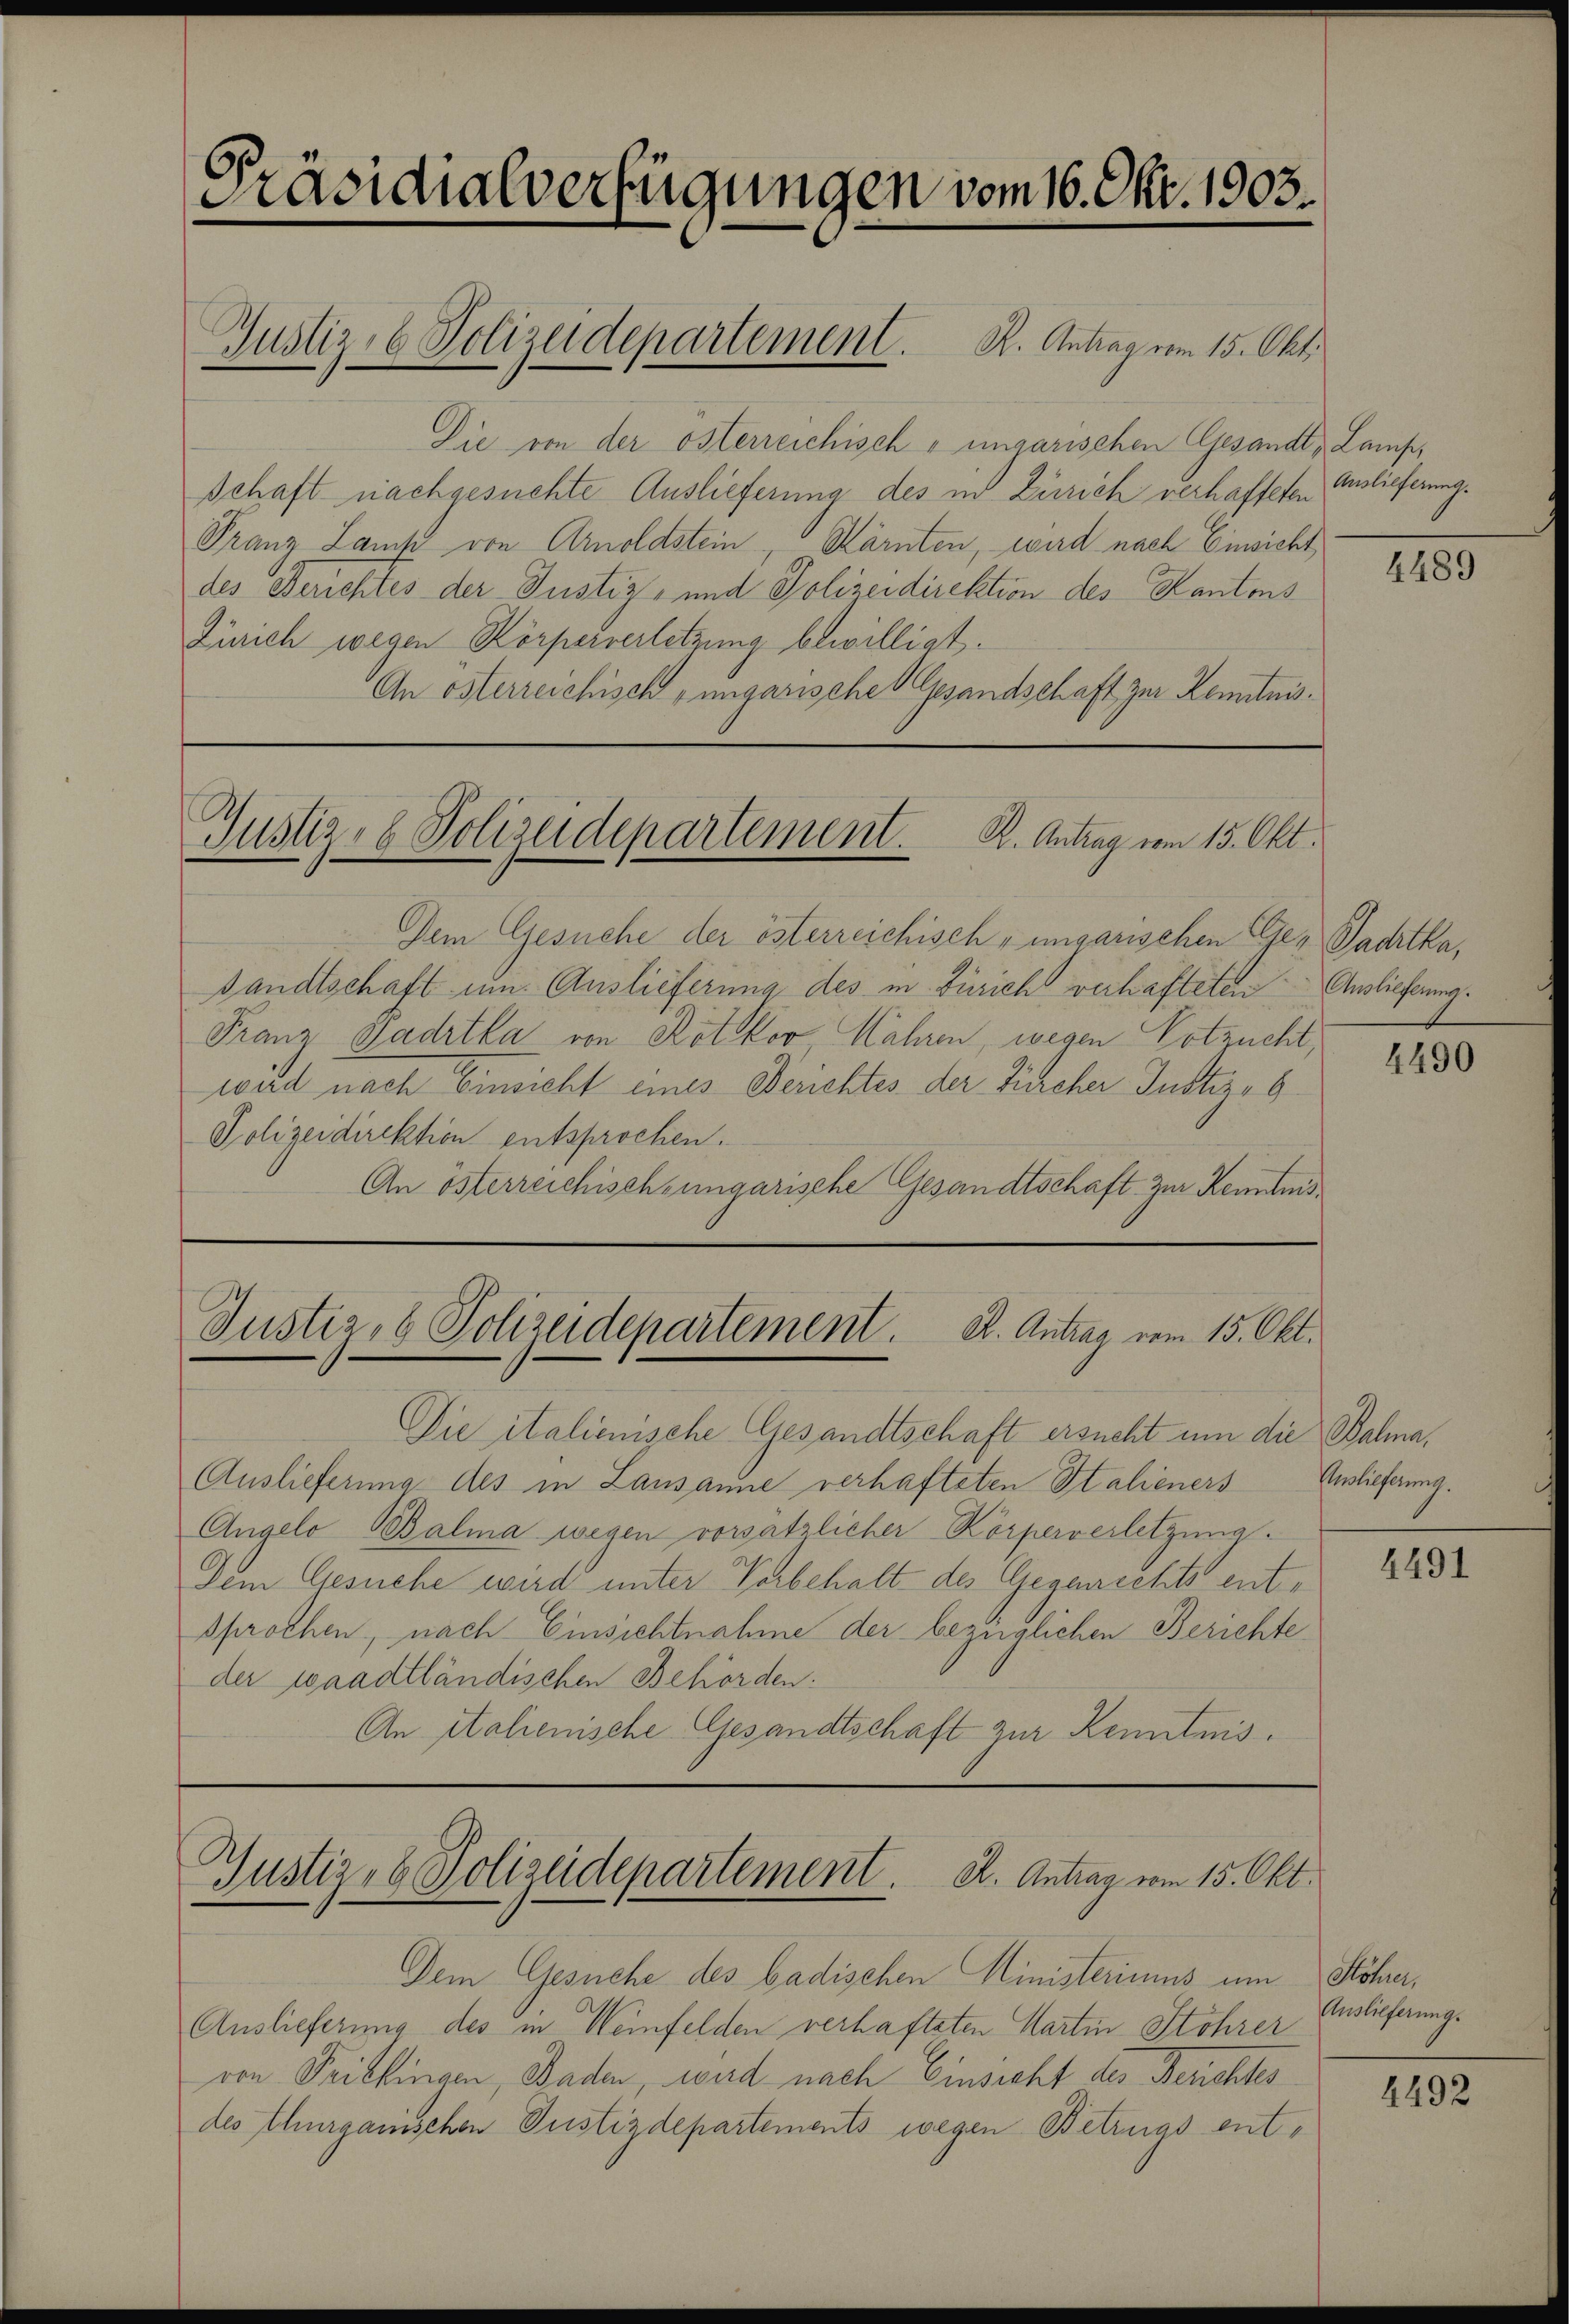
Präsidialverfügungen vom 16. Okt. 1903.

Die von der österreichisch-ungarischen Gesandt, Lamp,
schaft nachgesuchte Auslieferung des in Zürich verhafteten Auslieferung.
Franz Lanik von Arnoldstein, Kärnten, wird nach Einsicht,
des Berichtes der Justiz- und Polizeidirektion des Kantons
Zürich wegen Körperverletzung bewilligt.
An österreichisch-ungarische Gesandschaft zur Kenntnis¬

Justiz- & Polizeidepartement. K. Antrag vom 15. Okt.

Dem Gesuche der österreichisch-ungarischen Ge- Padrtka,
sandtschaft um Auslieferung des in Zürich verhafteten Auslieferung
Franz Gadrtka von Rotzkov Wahren, wegen Votzucht,
wird nach Einsicht eines Berichtes der Zürcher Justiz-C¬
Polizeidirektion entsprochen.
An österreichisch-ungarische Gesandtschaft zur Kenntnis¬

Justiz- & Polizeidepartement. K. Antrag vom 15. Okt.

Justiz, 8 Polizeidepartement. A. Antrag vom 15. Okt.

Die italienische Gesandtschaft ersucht um die Balma¬
Auslieferung des in Lausanne verhafteten Stalieners
Angelo Balma wegen vorsätzlicher Körperverletzung.
Dem Gesuche wird unter Vorbehalt des Gegenrechts entsprochen, nach Einsichtnahme der bezüglichen Berichte
der waadtländischen Behörden:
An Italienische Gesandtschaft zur Kenntnis¬

Justiz- & Polizeidepartement. A. Antrag vom 15. Okt.

Dem Gesuche des badischen Ministeriums um Höher,
Auslieferung des in Weinfelden verhafteten Martin Stöhrer Auslieferung.
von Freibtingen, Baden wird nach Einsicht des Berichtes
des Thurganischen Justizdepartements wegen Betrugs ent¬

4489

4490

Auslieferung.

4491

4492